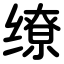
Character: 缭